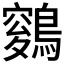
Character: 𪄑